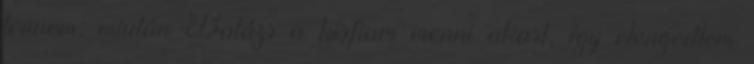
tennem, miután Balázs a kisfiam menni akart, így elengedtem